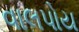
વાલપોય